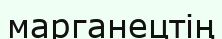
марганецтің